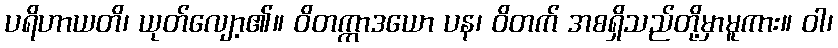
ပရိဟာယတိ၊ ယုတ်လျော့၏။ ဝိတက္ကာဒယော ပန၊ ဝိတက် အစရှိသည်တို့မှာမူကား။ ဝါ၊